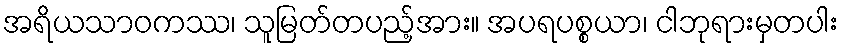
အရိယသာဝကဿ၊ သူမြတ်တပည့်အား။ အပရပစ္စယာ၊ ငါဘုရားမှတပါး